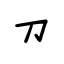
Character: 刀